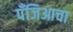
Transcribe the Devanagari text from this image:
पँजिआचा